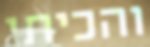
והכיתי